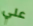
علي